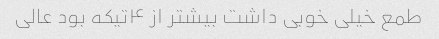
طمع خیلی خوبی داشت بیشتر از ۴تیکه بود عالی